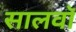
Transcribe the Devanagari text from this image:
सालवाॅ